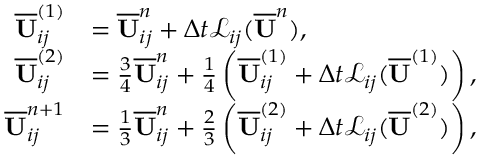
\begin{array} { r l } { \overline { { \mathbf { U } } } _ { i j } ^ { ( 1 ) } } & { = \overline { { \mathbf { U } } } _ { i j } ^ { n } + \Delta t \mathcal { L } _ { i j } ( \overline { { \mathbf { U } } } ^ { n } ) , } \\ { \overline { { \mathbf { U } } } _ { i j } ^ { ( 2 ) } } & { = \frac { 3 } { 4 } \overline { { \mathbf { U } } } _ { i j } ^ { n } + \frac { 1 } { 4 } \left( \overline { { \mathbf { U } } } _ { i j } ^ { ( 1 ) } + \Delta t \mathcal { L } _ { i j } ( \overline { { \mathbf { U } } } ^ { ( 1 ) } ) \right) , } \\ { \overline { { \mathbf { U } } } _ { i j } ^ { n + 1 } } & { = \frac { 1 } { 3 } \overline { { \mathbf { U } } } _ { i j } ^ { n } + \frac { 2 } { 3 } \left( \overline { { \mathbf { U } } } _ { i j } ^ { ( 2 ) } + \Delta t \mathcal { L } _ { i j } ( \overline { { \mathbf { U } } } ^ { ( 2 ) } ) \right) , } \end{array}